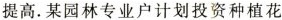
提高。某园林专业户计划投资种植花